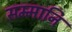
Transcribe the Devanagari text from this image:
सम्मानि